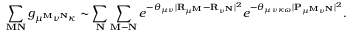
\sum _ { \mathbf { M } \mathbf { N } } g _ { \mu ^ { \mathbf { M } } \nu ^ { \mathbf { N } } \kappa } \sim \sum _ { \mathbf { N } } \sum _ { \mathbf { M } - \mathbf { N } } e ^ { - \theta _ { \mu \nu } | \mathbf { R } _ { \mu ^ { \mathbf { M } } } - \mathbf { R } _ { \nu ^ { \mathbf { N } } } | ^ { 2 } } e ^ { - \theta _ { \mu \nu \kappa \omega } | \mathbf { P } _ { \mu ^ { \mathbf { M } } \nu ^ { \mathbf { N } } } | ^ { 2 } } .